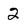
Character: 2